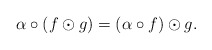
\begin{align*}\alpha\circ (f\odot g)=(\alpha\circ f)\odot g.\end{align*}